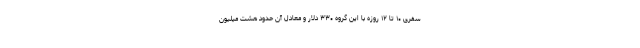
سفری ۱۰ تا ۱۲ روزه با این گروه ۳۳۰ دلار و معادل آن حدود هشت میلیون